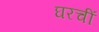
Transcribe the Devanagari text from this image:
घरचीं